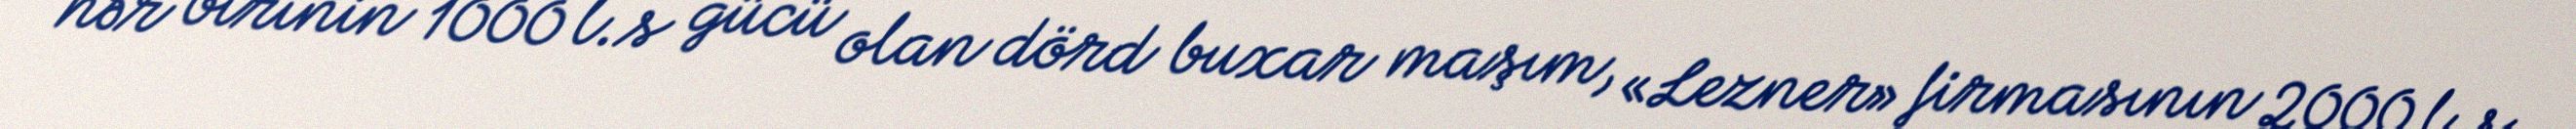
hər birinin 1000 l.s gücü olan dörd buxar maşım, «Lezner» firmasının 2000 l.s.